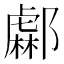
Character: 𨞹